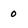
Character: 0